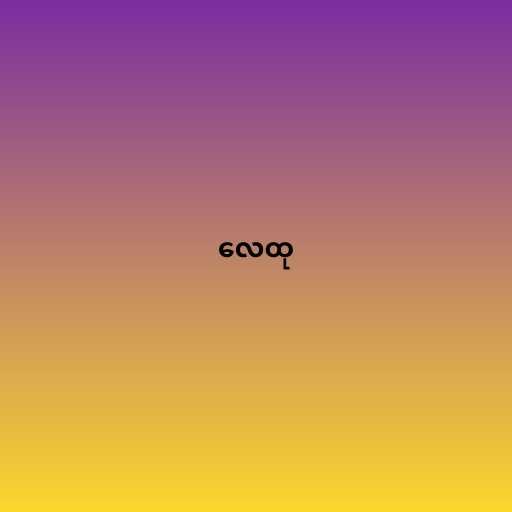
လေထု